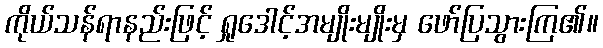
ကိုယ်သန်ရာနည်းဖြင့် ရှုဒေါင့်အမျိုးမျိုးမှ ဖော်ပြသွားကြ၏။